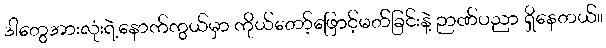
ဒါတွေအားလုံးရဲ့နောက်ကွယ်မှာ ကိုယ်တော့်ဖြောင့်မတ်ခြင်းနဲ့ ဉာဏ်ပညာ ရှိနေတယ်။